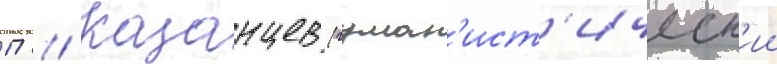
П // Казанцев (гуман'ист'ическ'ии